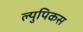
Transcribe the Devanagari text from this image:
ल्युपिकस